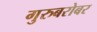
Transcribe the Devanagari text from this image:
गुरुबरोबर